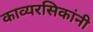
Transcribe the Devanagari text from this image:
काव्यरसिकांनी